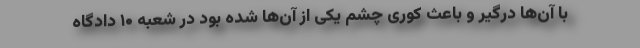
با آن‌ها درگیر و باعث کوری چشم یکی از آن‌ها شده بود در شعبه ۱۰ دادگاه